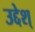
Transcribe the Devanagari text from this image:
उद्देश्